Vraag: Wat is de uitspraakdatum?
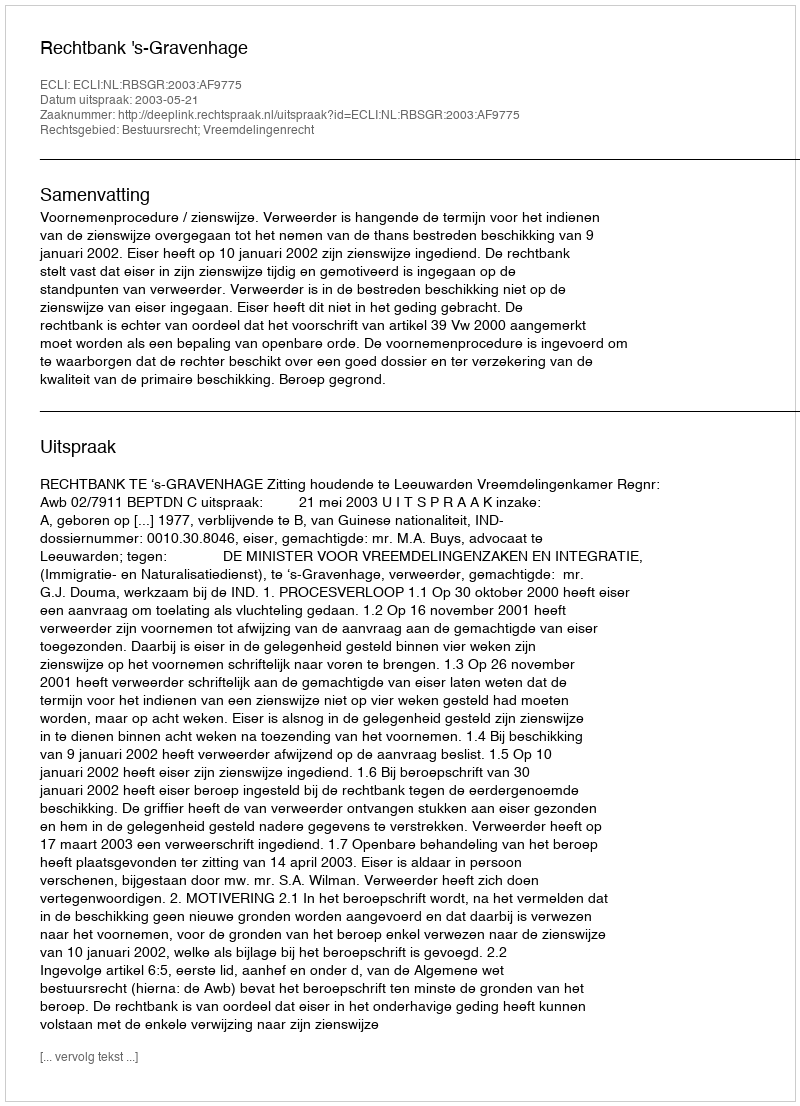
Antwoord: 2003-05-21